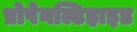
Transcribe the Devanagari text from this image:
प्रोपेनल्डिहाइड